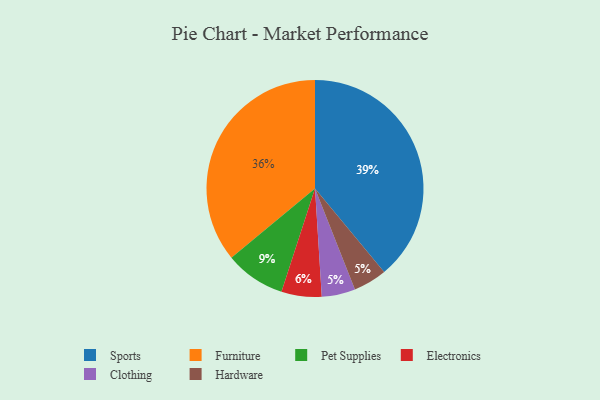
{"axis": {"x": "Category", "y": "Percentage"}, "legend": ["Clothing", "Electronics", "Furniture", "Hardware", "Pet Supplies", "Sports"], "data": [{"x": "Clothing", "y": 5, "type": "Clothing"}, {"x": "Pet Supplies", "y": 9, "type": "Pet Supplies"}, {"x": "Sports", "y": 39, "type": "Sports"}, {"x": "Electronics", "y": 6, "type": "Electronics"}, {"x": "Furniture", "y": 36, "type": "Furniture"}, {"x": "Hardware", "y": 5, "type": "Hardware"}]}